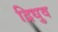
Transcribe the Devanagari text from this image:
द्रिधुव